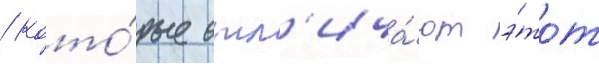
/ кото́рые отл'ича́ют э́тот